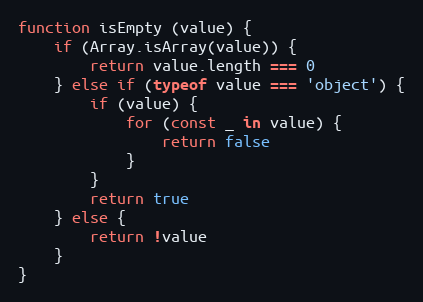
Language: JavaScript
function isEmpty (value) {
    if (Array.isArray(value)) {
        return value.length === 0
    } else if (typeof value === 'object') {
        if (value) {
            for (const _ in value) {
                return false
            }
        }
        return true
    } else {
        return !value
    }
}